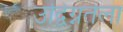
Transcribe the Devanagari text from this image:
उद्विग्नतेला